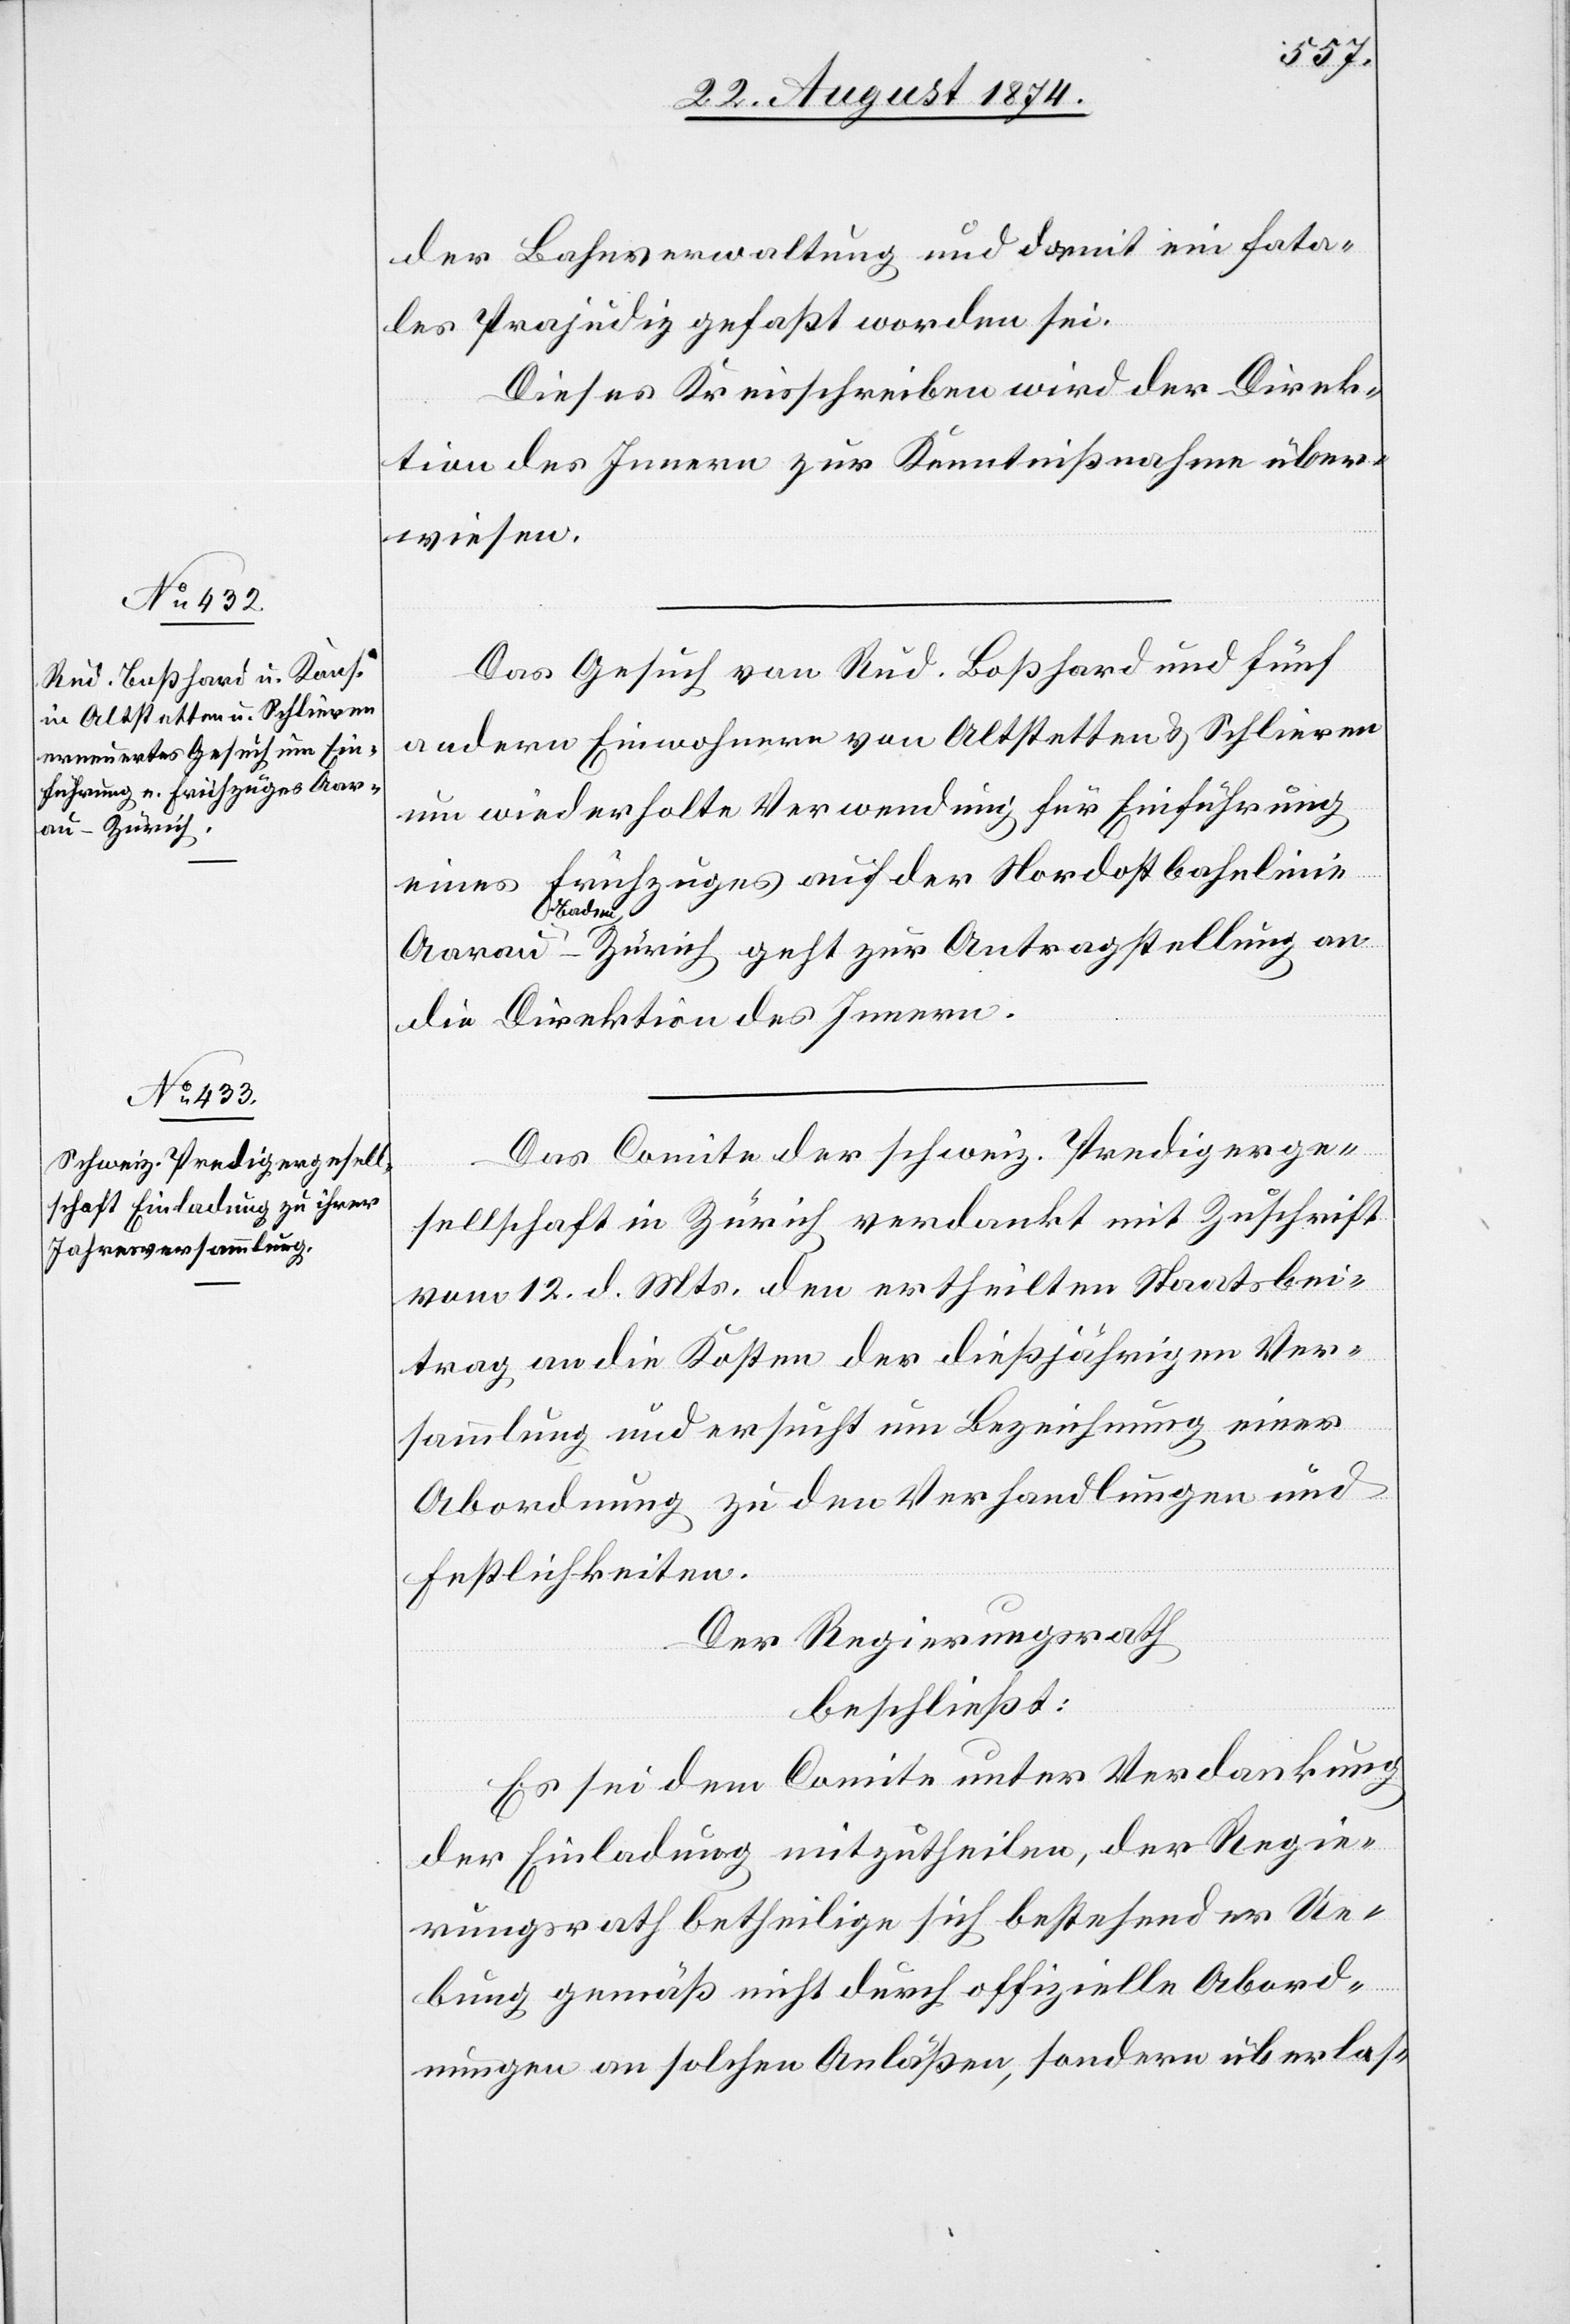
der Bahnverwaltung und damit ein fata¬
les Präjudiz gefaßt worden sei.
Dieses Kreisschreiben wird der Direk¬
tion des Innern zur Kenntnißnahme über¬
wiesen.
Das Gesuch von Rud. Boßhard und fünf
andern Einwohnern von Altstetten u. Schlieren
um wiederholte Verwendung für Einführung
eines Frühzuges auf der Nordostbahnlinie
Aarau–Baden–Zürich geht zur Antragstellung an
die Direktion des Innern.
Das Comite der schweiz. Predigerge¬
sellschaft in Zürich verdankt mit Zuschrift
vom 12. d. Mts. den ertheilten Staatsbei¬
trag an die Kosten der dießjährigen Ver¬
sammlung und ersucht um Bezeichnung einer
Abordnung zu den Verhandlungen und
Festlichkeiten.
Der Regierungsrath
beschließt:
Es sei dem Comite unter Verdankung
der Einladung mitzutheilen, der Regie¬
rungsrath betheilige sich bestehender Ue¬
bung gemäß nicht durch offizielle Abord¬
nungen an solchen Anläßen, sondern überlas-